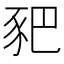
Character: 豝